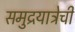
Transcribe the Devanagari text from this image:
समुद्रयात्रेची